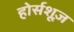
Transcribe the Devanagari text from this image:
होर्सशूज़